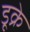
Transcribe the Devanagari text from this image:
डूक्रे